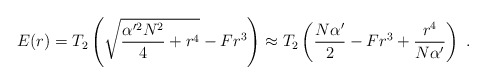
\begin{align*}E(r) = T_2 \left(\sqrt{{\alpha'^2 N^2 \over 4} + r^4} - F r^3\right)\approx T_2 \left( {N \alpha' \over 2} - F r^3 + {r^4 \over N\alpha'}\right) \ . \end{align*}